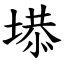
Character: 塨